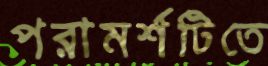
পরামর্শটিতে